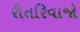
રીતરિવાજો